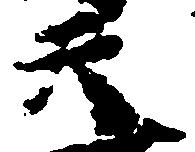
天